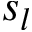
s _ { l }